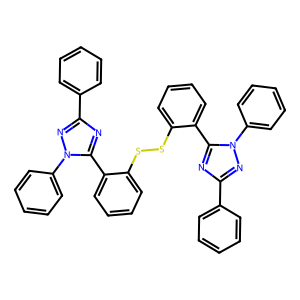
SMILES: c1ccc(-c2nc(-c3ccccc3SSc3ccccc3-c3nc(-c4ccccc4)nn3-c3ccccc3)n(-c3ccccc3)n2)cc1
Inhibits HIV replication: No